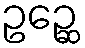
ဥဉ္ဆေ